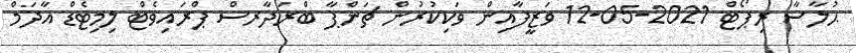
ޙުލާސާ ރިޕޯޓް 2021-05-12 ވަޒީފާއިން ވަކިކުރުން ޗަންޕާ ބްރަދާރސް ޕްރައިވެޓް ލިމިޓެޑް އާދަމް